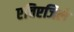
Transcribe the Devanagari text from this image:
एचिएजिले